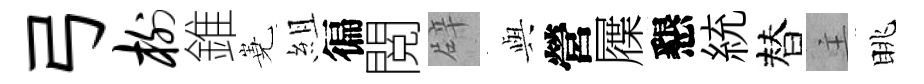
弓榭錐嶤組徧閲辟𫤰營屧懇統替主眺